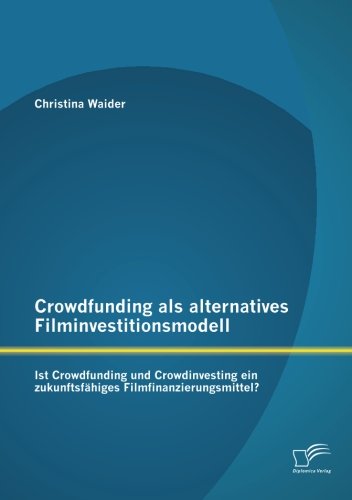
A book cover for Crowdfunding ALS Alternatives Filminvestitionsmodell: Ist Crowdfunding Und Crowdinvesting Ein Zukunftsfahiges Filmfinanzierungsmittel? (German Edition); Christina Waider; Business & Money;